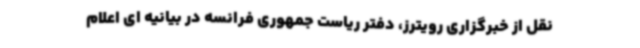
نقل از خبرگزاری رویترز، دفتر ریاست جمهوری فرانسه در بیانیه ای اعلام